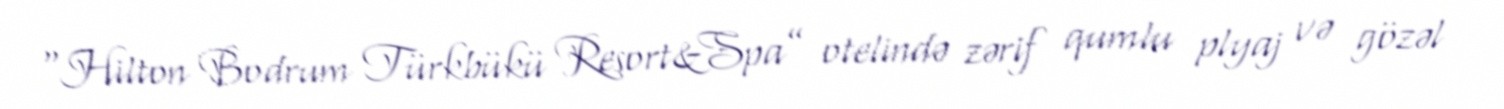
“Hilton Bodrum Türkbükü Resort&Spa” otelində zərif qumlu plyaj və gözəl